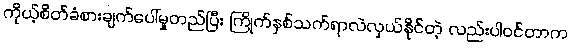
ကိုယ့်စိတ်ခံစားချက်ပေါ်မှုတည်ပြီး ကြိုက်နှစ်သက်ရာလဲလှယ်နိုင်တဲ့ လည်းပါဝင်တာက